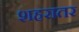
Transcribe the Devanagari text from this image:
शहरातर